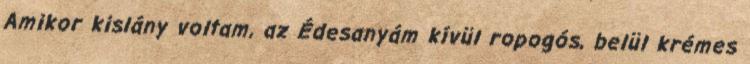
Amikor kislány voltam, az Édesanyám kívül ropogós, belül krémes